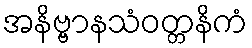
အနိဗ္ဗာနသံဝတ္တနိကံ